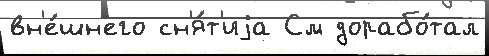
вн'е́шн'его сн'я́т'иjа См дорабо́тал